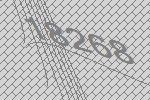
18268